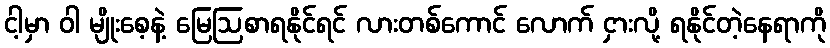
ငါ့မှာ ဝါ မျိုးစေ့နဲ့ မြေဩစာရနိုင်ရင် လားတစ်ကောင် လောက် ငှားလို့ ရနိုင်တဲ့နေရာကို